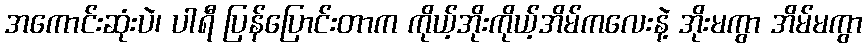
အကောင်းဆုံးပဲ၊ ပါရီ ပြန်ပြောင်းတာက ကိုယ့်အိုးကိုယ့်အိမ်ကလေးနဲ့ အိုးမကွာ အိမ်မကွာ